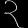
Digit: ၃